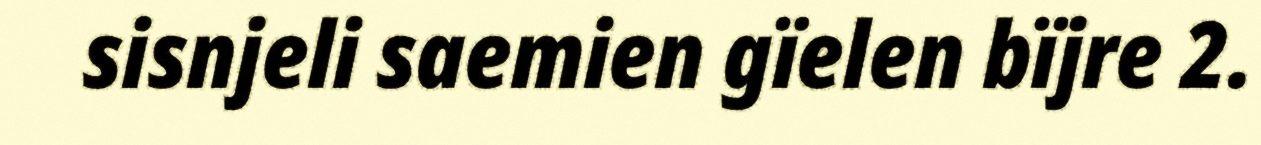
sisnjeli saemien gïelen bïjre 2.